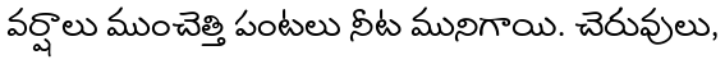
వర్షాలు ముంచెత్తి పంటలు నీట మునిగాయి. చెరువులు,